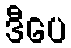
ဒီပေ